Civil Veterinary Department. Madras. Admin. report 1926-33 - 1926-1933
Year: 1926
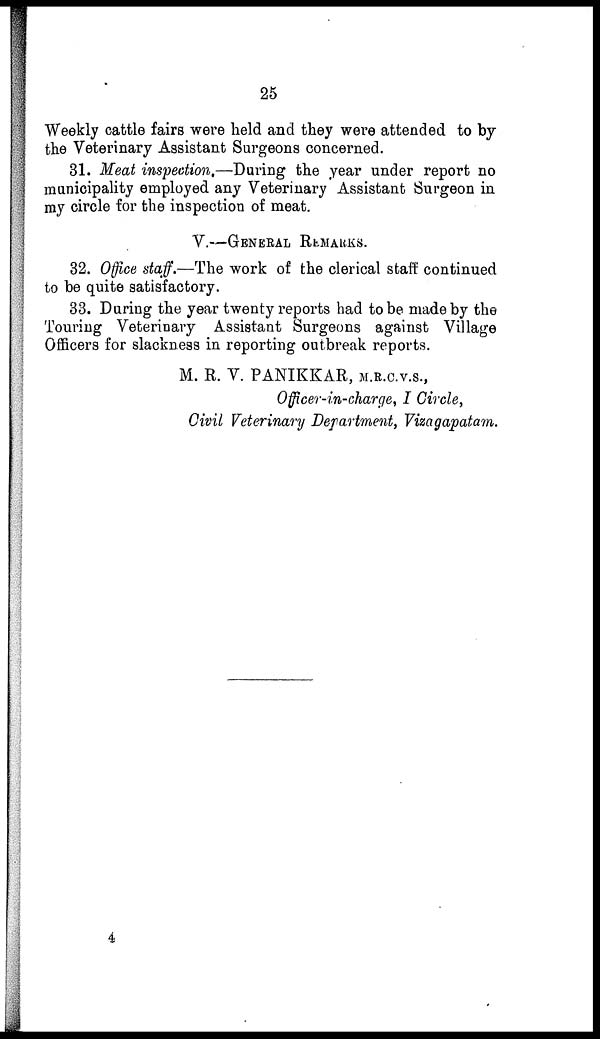
25
Weekly cattle fairs were held and they were attended to by
the Veterinary Assistant Surgeons concerned.
31. Meat inspection.—Daring the year under report no
municipality employed any Veterinary Assistant Surgeon in
my circle for the inspection of meat.
V.—GENERAL REMARKS.
32. Office staff.—The work of the clerical staff continued
to be quite satisfactory.
33. Daring the year twenty reports had to be made by the
Touring Veterinary Assistant Surgeons against Village
Officers for slackness in reporting outbreak reports.
M. R. V. PANIKKAR, M.B.C.V.S.,
Officer-in-charge, I Circle,
Civil Veterinary Department, Vizagapatam.
4